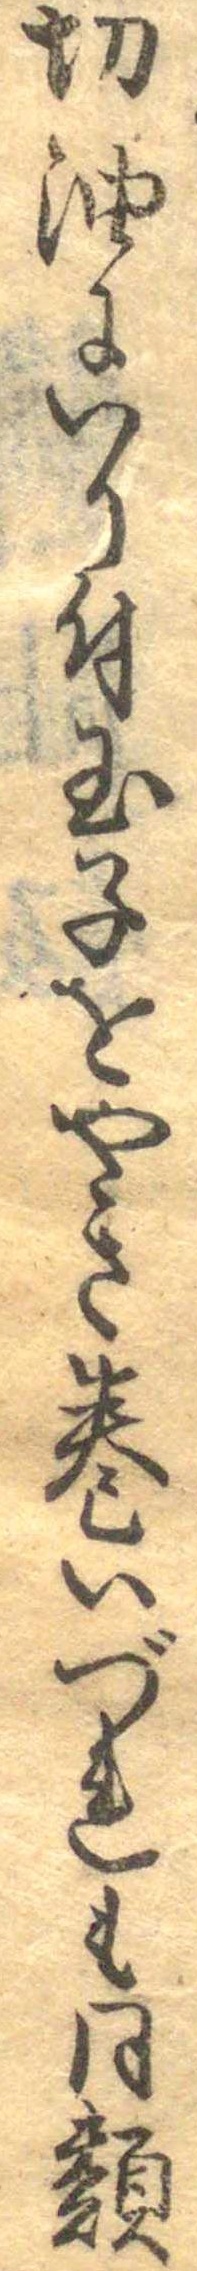
切油にいり付玉子をやき巻いづれも同類